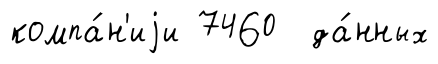
компа́н'иjи 7460 да́нных